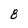
Character: B